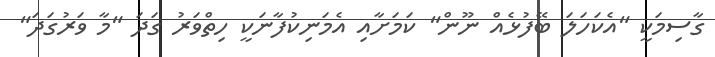
ގާސިމަކީ "އެކަހަލަ ބޭފުޅެއް ނޫން" ކަމަށާއި އެމަނިކުފާނަކީ ހިތްވަރު ގަދަ "މާ ވަރުގަދަ"